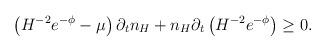
LaTeX: \begin{align*} \left(H^{-2} e^{-\phi}-\mu\right)\partial_t n_H+ n_H \partial_t \left(H^{-2} e^{-\phi}\right) \ge 0.\end{align*}